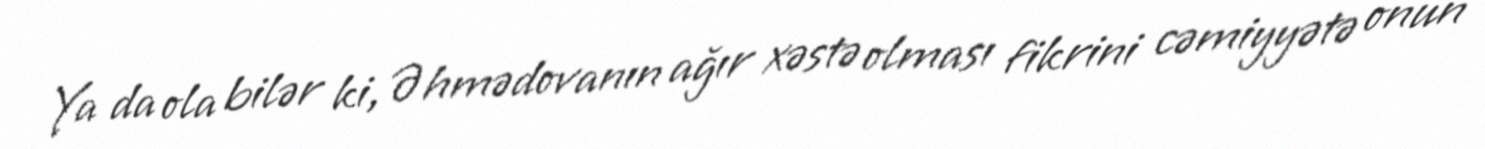
Ya da ola bilər ki, Əhmədovanın ağır xəstə olması fikrini cəmiyyətə onun